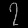
Digit: ၇